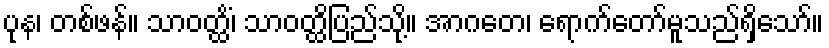
ပုန၊ တစ်ဖန်။ သာဝတ္ထိံ၊ သာဝတ္ထိပြည်သို့။ အာဂတေ၊ ရောက်တော်မူသည်ရှိသော်။